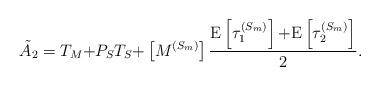
LaTeX: \begin{align*}\tilde{A}_2 = T_M {+} P_S T_S {+} \left[ M^{(S_m)}\right] \frac{\textrm{E}\left[ \tau^{(S_m)}_1 \right] {+} \textrm{E}\left[ \tau^{(S_m)}_2 \right]}{2}.\end{align*}